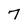
Character: 7